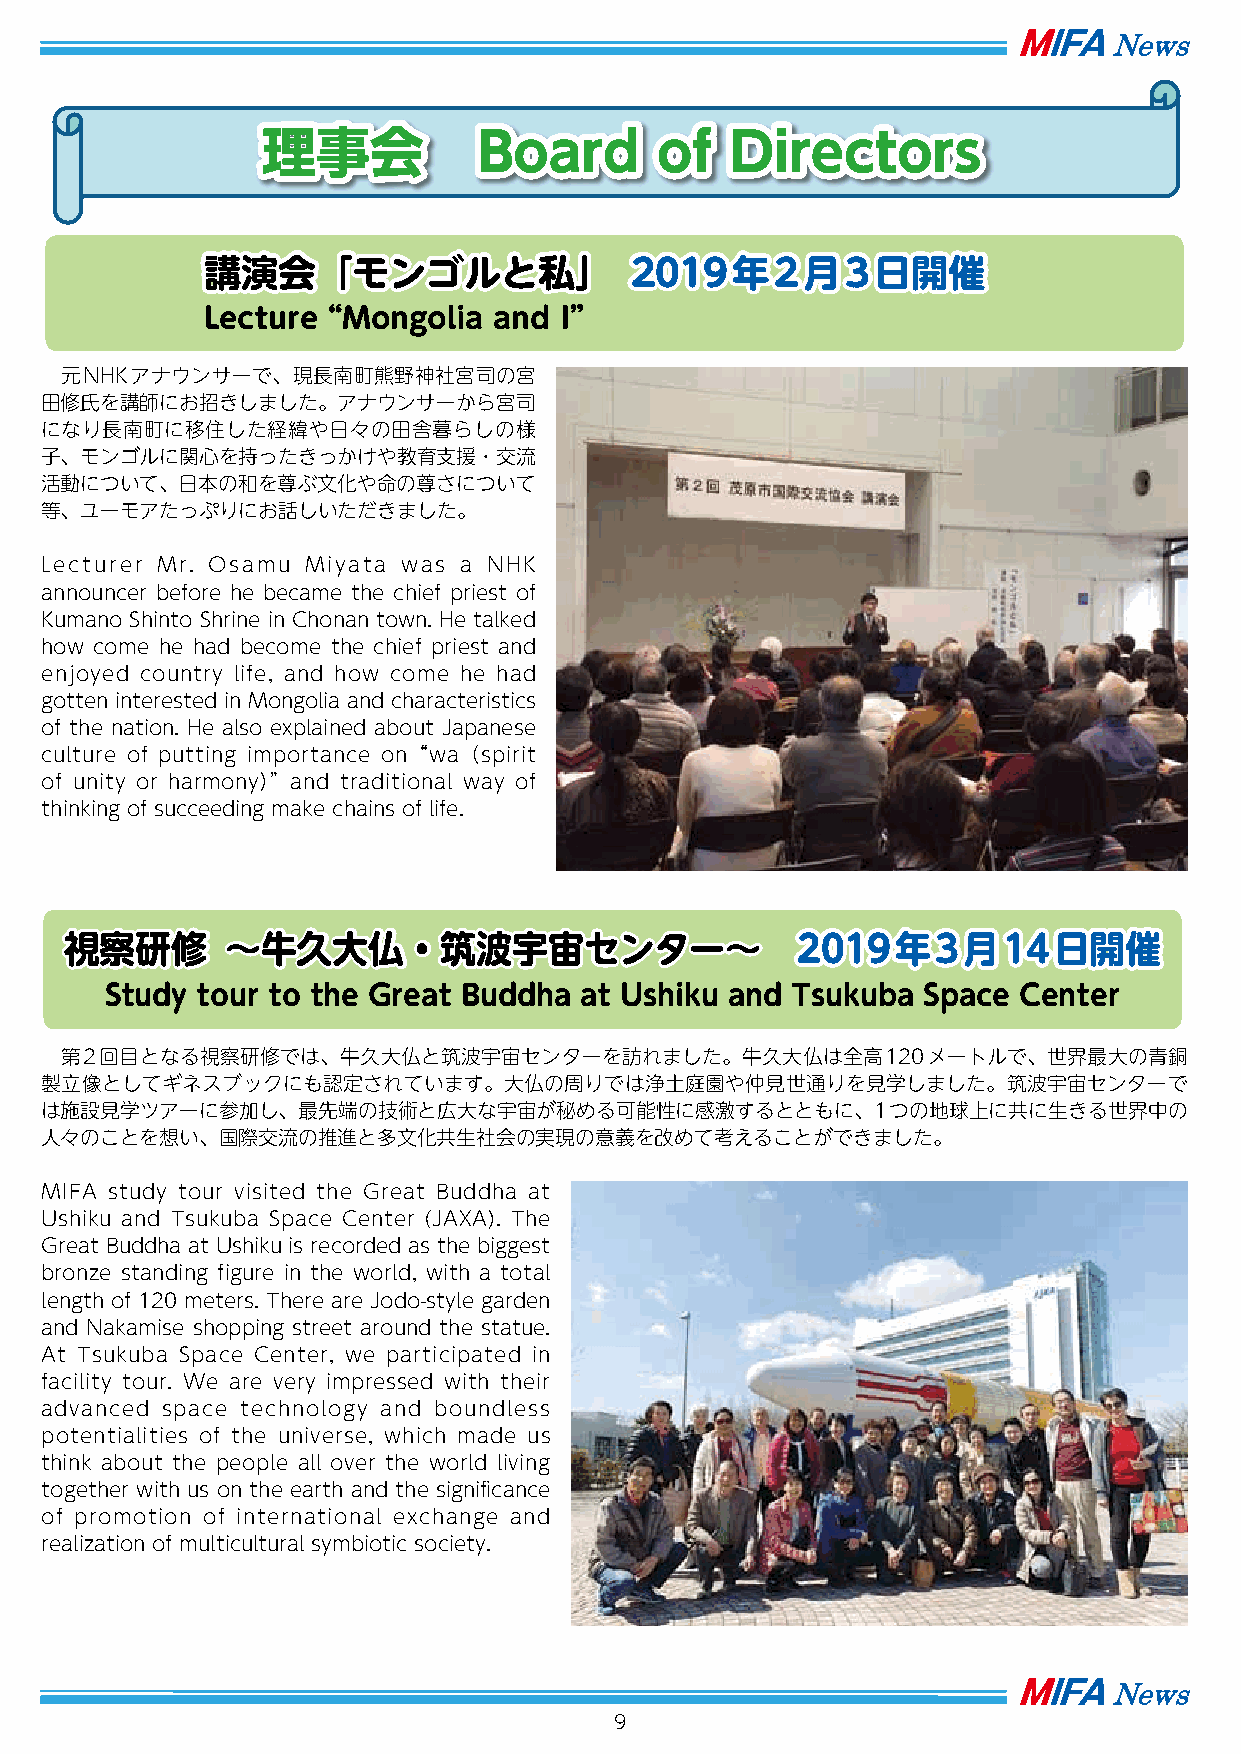
理事会            Board      of   Directors
 講演会「モンゴルと私」                  2019年2月3日開催
 Lecture“  Mongolia  and I”
 元NHKアナウンサーで、現長南町熊野神社宮司の宮
 田修氏を講師にお招きしました。アナウンサーから宮司
 になり長南町に移住した経緯や日々の田舎暮らしの様
 子、モンゴルに関心を持ったきっかけや教育支援・交流
 活動について、日本の和を尊ぶ文化や命の尊さについて
 等、ユーモアたっぷりにお話しいただきました。
 Lecturer Mr. Osamu Miyata was a NHK
 announcer before he became the chief priest of
 Kumano Shinto Shrine in Chonan town. He talked
 how come he had become the chief priest and
 enjoyed country life, and how come he had
 gotten interested in Mongolia and characteristics
 of the nation. He also explained about Japanese
 culture of putting importance on“wa（spirit
 of unity or harmony）” and traditional way of
 thinking of succeeding make chains of life.
 視察研修       ～牛久大仏・筑波宇宙センター～                       2019年3月14日開催
 Study tour to the Great Buddha at Ushiku and Tsukuba  Space Center
 第2回目となる視察研修では、牛久大仏と筑波宇宙センターを訪れました。牛久大仏は全高120メートルで、世界最大の青銅
 製立像としてギネスブックにも認定されています。大仏の周りでは浄土庭園や仲見世通りを見学しました。筑波宇宙センターで
 は施設見学ツアーに参加し、最先端の技術と広大な宇宙が秘める可能性に感激するとともに、1つの地球上に共に生きる世界中の
 人々のことを想い、国際交流の推進と多文化共生社会の実現の意義を改めて考えることができました。
 MIFA study tour visited the Great Buddha at
 Ushiku and Tsukuba Space Center (JAXA). The
 Great Buddha at Ushiku is recorded as the biggest
 bronze standing figure in the world, with a total
 length of 120 meters. There are Jodo-style garden
 and Nakamise shopping street around the statue.
 At Tsukuba Space Center, we participated in
 facility tour. We are very impressed with their
 advanced space technology and boundless
 potentialities of the universe, which made us
 think about the people all over the world living
 together with us on the earth and the significance
 of promotion of international exchange and
 realization of multicultural symbiotic society.
 9